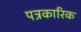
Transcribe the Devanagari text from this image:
पत्रकारिक